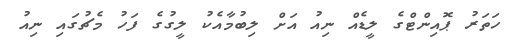
ހަތަރު ޕޮއިންޓްގެ ލީޑެއް ނިއު އަށް ލިބުމާއެކު ލީގުގެ ފަހު މެޗުގައި ނިއު